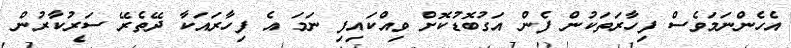
އެހެންނަމަވެސް ފިހާރަތަކުން ފެން އަގުބޮޑުކޮށް ވިއްކައިފި ނަމަ އެ ފިހާރައަކާ ދޭތެރޭ ސަރުކާރުން